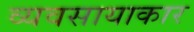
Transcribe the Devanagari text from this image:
व्यवसायाकार